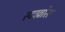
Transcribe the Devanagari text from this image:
स्टाव्रोस